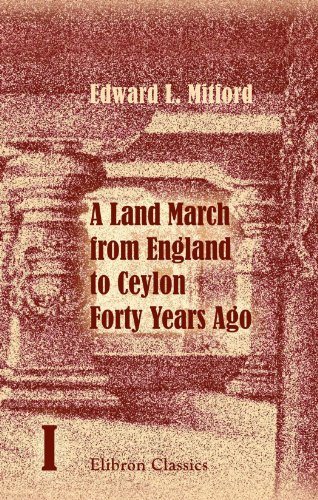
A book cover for A Land March from England to Ceylon Forty Years Ago: Through Dalmatia, Montenegro, Turkey, Asia Minor, Syria, Palestine, Assyria, Persia, Afghanistan, ... of Which 7000 Miles on Horseback. Volume 1; Edward L. Mitford; Travel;